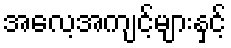
အလေ့အကျင့်များနှင့်